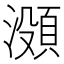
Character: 𬉐